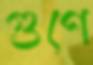
গুণে